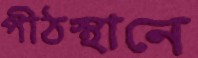
পীঠস্থানে